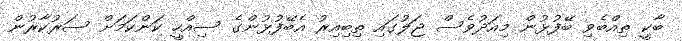
ބާކީ ތިއްބެވި ބޭފުޅުން މިއަދުވެސް ޖަލުގައި ތިބިއިރު އެބޭފުޅުންގެ ސިއްހީ ކަންކަމަށް ސަރުކާރުން